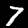
Digit: 7